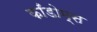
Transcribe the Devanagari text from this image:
काँडोम्स